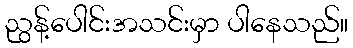
ညွန့်ပေါင်းအသင်းမှာ ပါနေသည်။